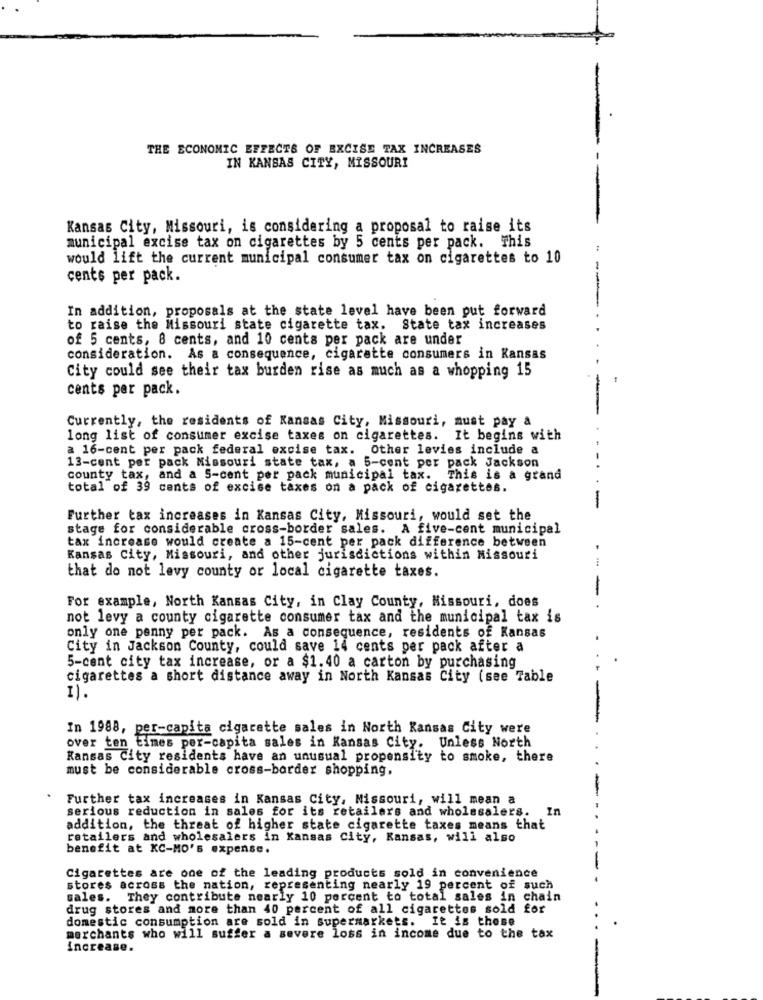
THE ECONOMIC EFFECTS OF EXCISE TAX INCREASES
IN KANSAS CITY, MISSOURI
Kansas City, Missouri, is considering a proposal to raise its
municipal excise tax on cigarettes by 5 cents per pack. This
would lift the current municipal consumer tax on cigarettes to 10
cents per pack.
In addition, proposals at the state level have been put forward
to raise the Missouri state cigarette tax. State tax increases
of 5 cents, 8 cents, and 10 cents per pack are under
consideration. As a consequence, cigarette consumers in Kansas
City could see their tax burden rise as much as a whopping 15
cents per pack.
Currently, the residents of Kansas City, Missouri, must pay a
long list of consumer excise taxes on cigarettes. It begins with
a 16-cent per pack federal excise tax. Other levies include a
13-cent per pack Missouri state tax, a 5-cent per pack Jackson
county tax, and a 5-cent per pack municipal tax. This is a grand
total of 39 cents of excise taxes on a pack of cigarettes.
-
Further tax increases in Kansas City, Missouri, would set the
stage for considerable cross-border sales. A five-cent municipal
tax increase would create a 15-cent per pack difference between
Kansas City, Missouri, and other jurisdictions within Missouri
that do not levy county or local cigarette taxes.
-
For example, North Kansas City, in Clay County, Missouri, does
not levy a county cigarette consumer tax and the municipal tax is
only one penny per pack. As a consequence, residents of Kansas
City in Jackson County, could save 14 cents per pack after a
5-cent city tax increase, or a $1.40 a carton by purchasing
cigarettes a short distance away in North Kansas City (see Table
I).
In 1988, per-capita cigarette sales in North Kansas City were
over ten times per-capita sales in Kansas City. Unless North
Kansas city residents have an unusual propensity to smoke, there
must be considerable cross-border shopping.
Further tax increases in Kansas City, Missouri, will mean a
serious reduction in sales for its retailers and wholesalers. In
addition, the threat of higher state cigarette taxes means that
retailers and wholesalers in Kansas City, Kansas, will also
benefit at KC-MO's expense.
Cigarettes are one of the leading products sold in convenience
stores across the nation, representing nearly 19 percent of such
sales. They contribute nearly 10 percent to total sales in chain
drug stores and more than 40 percent of all cigarettes sold for
domestic consumption are sold in supermarkets. It is those
merchants who will suffer a severe loss in income due to the tax
increase.